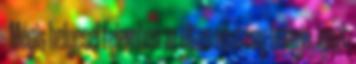
- Mégis helyesel fejemben az éltes nőstény hangja, igazt